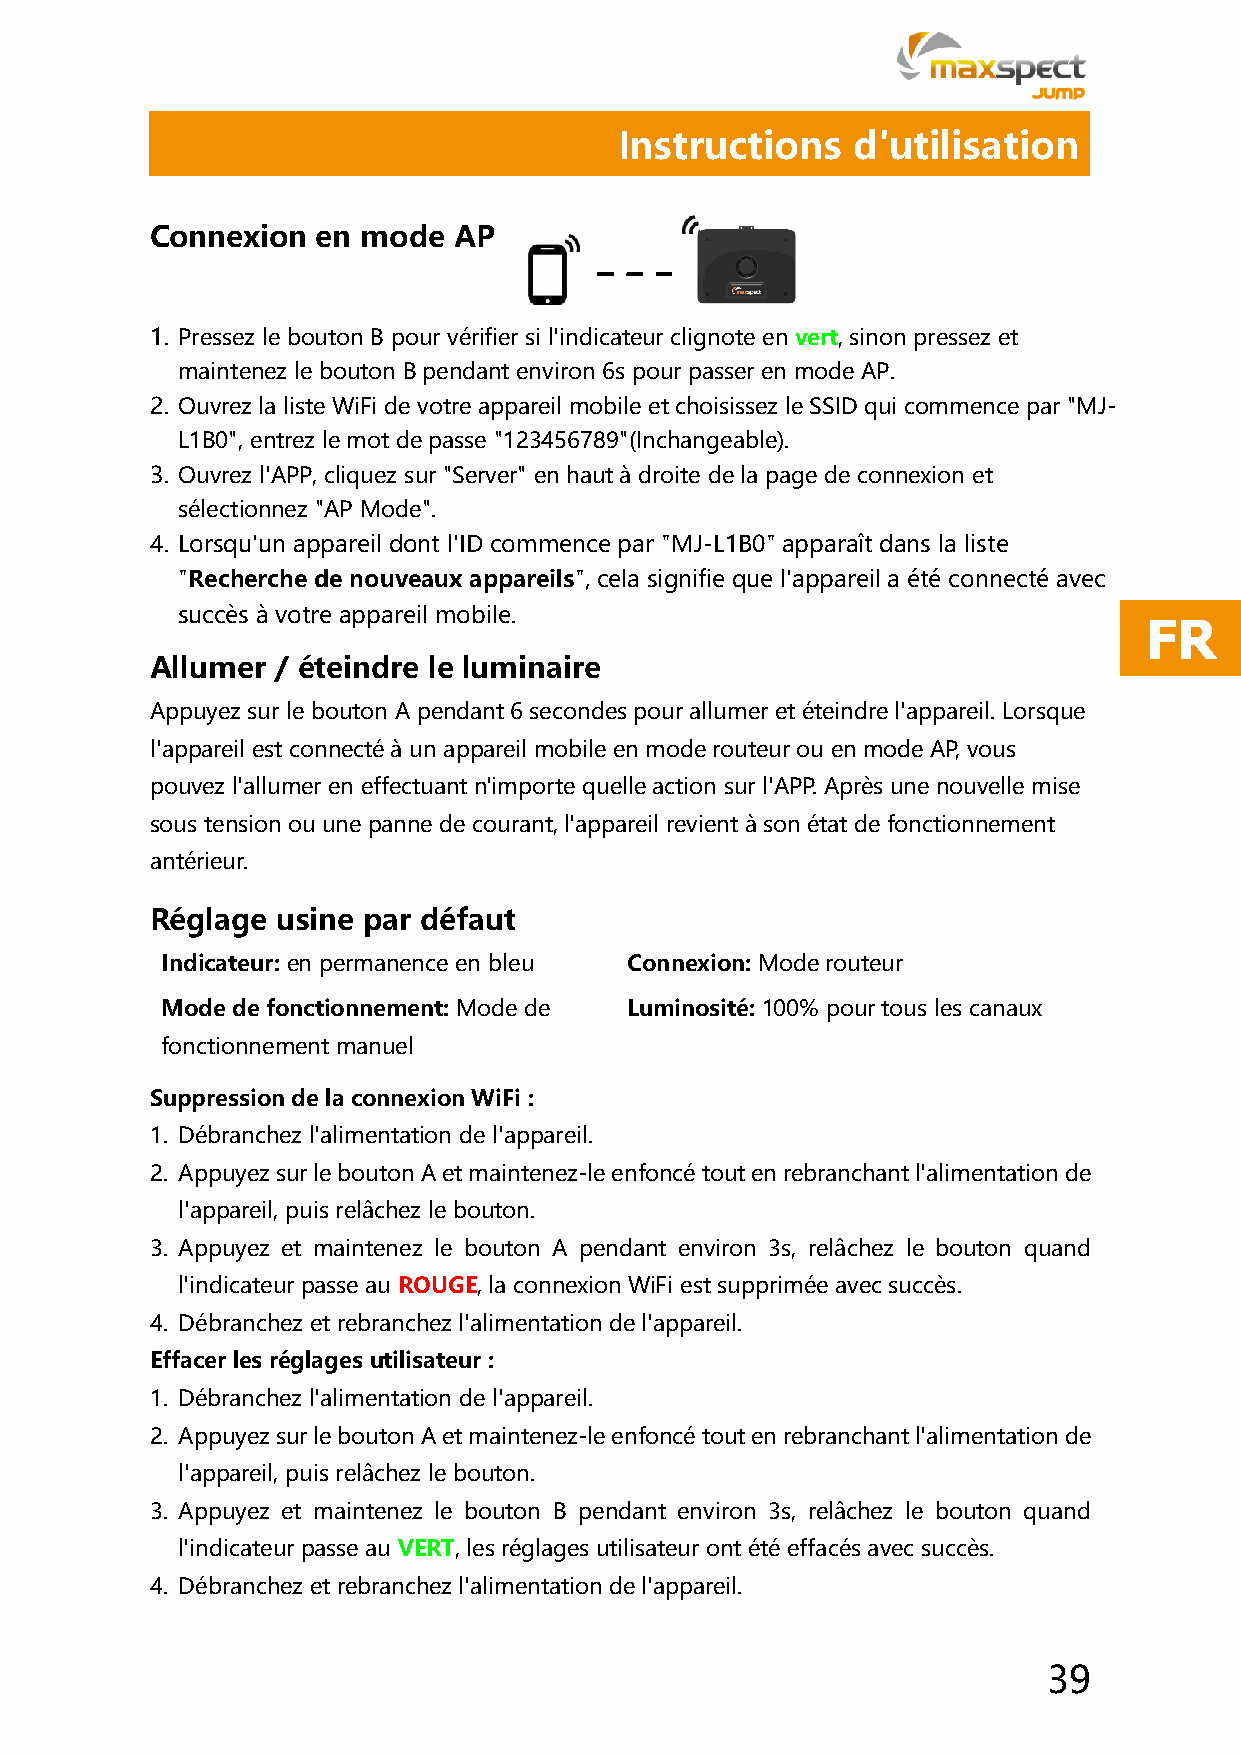
Instructions   d'utilisation
 Connexion  en mode  AP
 1. Pressez le bouton B pour vérifier si l'indicateur clignote en vert, sinon pressez et
 maintenez le bouton B pendant environ 6s pour passer en mode AP.
 2. Ouvrez la liste WiFi de votre appareil mobile et choisissez le SSID qui commence par "MJ-
 L1B0", entrez le mot de passe "123456789"(Inchangeable).
 3. Ouvrez l'APP, cliquez sur "Server" en haut à droite de la page de connexion et
 sélectionnez "AP Mode".
 4. Lorsqu'un appareil dont l'ID commence par "MJ-L1B0" apparaît dans la liste
 "Recherche de nouveaux appareils", cela signifie que l'appareil a été connecté avec
 succès à votre appareil mobile.
 FR
 Allumer / éteindre le luminaire
 Appuyez sur le bouton A pendant 6 secondes pour allumer et éteindre l'appareil. Lorsque
 l'appareil est connecté à un appareil mobile en mode routeur ou en mode AP, vous
 pouvez l'allumer en effectuant n'importe quelle action sur l'APP. Après une nouvelle mise
 sous tension ou une panne de courant, l'appareil revient à son état de fonctionnement
 antérieur.
 Réglage usine par défaut
 Indicateur: en permanence en bleu Connexion: Mode routeur
 Mode de fonctionnement: Mode de Luminosité: 100% pour tous les canaux
 fonctionnement manuel
 Suppression de la connexion WiFi :
 1. Débranchez l'alimentation de l'appareil.
 2. Appuyez sur le bouton A et maintenez-le enfoncé tout en rebranchant l'alimentation de
 l'appareil, puis relâchez le bouton.
 3. Appuyez et maintenez le bouton A pendant environ 3s, relâchez le bouton quand
 l'indicateur passe au ROUGE, la connexion WiFi est supprimée avec succès.
 4. Débranchez et rebranchez l'alimentation de l'appareil.
 Effacer les réglages utilisateur :
 1. Débranchez l'alimentation de l'appareil.
 2. Appuyez sur le bouton A et maintenez-le enfoncé tout en rebranchant l'alimentation de
 l'appareil, puis relâchez le bouton.
 3. Appuyez et maintenez le bouton B pendant environ 3s, relâchez le bouton quand
 l'indicateur passe au VERT, les réglages utilisateur ont été effacés avec succès.
 4. Débranchez et rebranchez l'alimentation de l'appareil.
 39